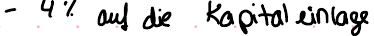
- 4% auf die Kapitaleinlage